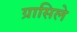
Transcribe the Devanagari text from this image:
ग्रासिले